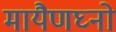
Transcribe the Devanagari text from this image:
मायैणघ्नो